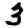
Digit: 3